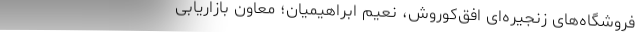
فروشگاه‌های زنجیره‌ای افق‌کوروش، نعیم ابراهیمیان؛ معاون بازاریابی